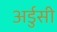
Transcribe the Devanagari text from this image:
अर्डुसी